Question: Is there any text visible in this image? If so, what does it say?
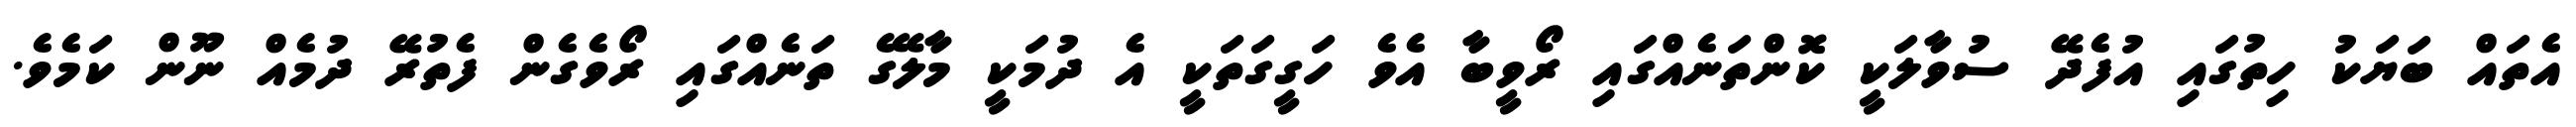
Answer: އެތައް ބަޔަކު ހިތުގައި އުފެދޭ ސުވާލަކީ ކޮންތަނެއްގައި ރޯވީބާ އެވެ ހަގީގަތަކީ އެ ދުމަކީ މާލޭގެ ތަނެއްގައި ރޯވެގެން ފެތުރޭ ދުމެއް ނޫން ކަމެވެ.